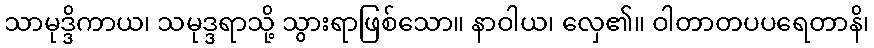
သာမုဒ္ဒိကာယ၊ သမုဒ္ဒရာသို့ သွားရာဖြစ်သော။ နာဝါယ၊ လှေ၏။ ဝါတာတပပရေတာနိ၊